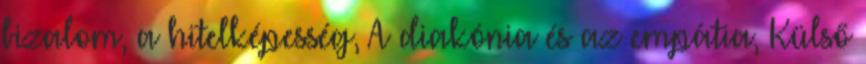
bizalom, a hitelképesség, A diakónia és az empátia, Külső